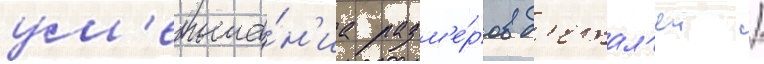
ум'еньше́н'иа разм'е́ров д'етал'еи /